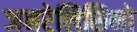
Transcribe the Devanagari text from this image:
जनरेलिसिमो